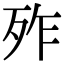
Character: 𣧫